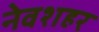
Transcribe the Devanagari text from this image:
नेवशहर